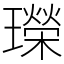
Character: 𤪤